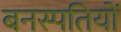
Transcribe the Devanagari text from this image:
बनस्पतियों